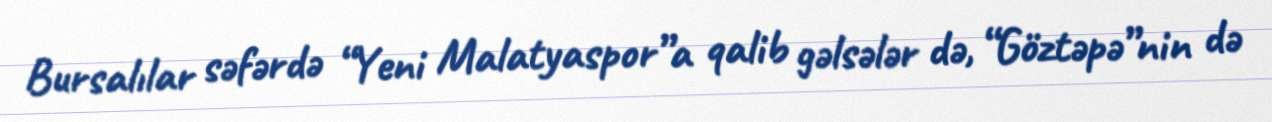
Bursalılar səfərdə “Yeni Malatyaspor”a qalib gəlsələr də, “Göztəpə”nin də